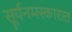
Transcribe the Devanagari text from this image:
सूर्यनमस्कारात